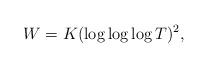
LaTeX: \begin{align*}W=K(\log\log\log T)^2,\end{align*}